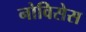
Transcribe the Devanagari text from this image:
नोविसेस